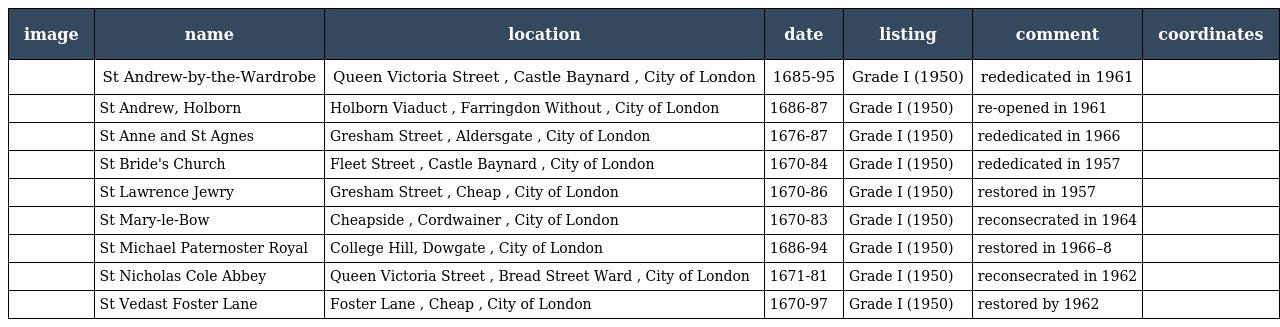
| image | name | location | date | listing | comment | coordinates |
 | --- | --- | --- | --- | --- | --- | --- |
 |  | St Andrew-by-the-Wardrobe | Queen Victoria Street , Castle Baynard , City of London | 1685-95 | Grade I (1950) | rededicated in 1961 |  |
 |  | St Andrew, Holborn | Holborn Viaduct , Farringdon Without , City of London | 1686-87 | Grade I (1950) | re-opened in 1961 |  |
 |  | St Anne and St Agnes | Gresham Street , Aldersgate , City of London | 1676-87 | Grade I (1950) | rededicated in 1966 |  |
 |  | St Bride's Church | Fleet Street , Castle Baynard , City of London | 1670-84 | Grade I (1950) | rededicated in 1957 |  |
 |  | St Lawrence Jewry | Gresham Street , Cheap , City of London | 1670-86 | Grade I (1950) | restored in 1957 |  |
 |  | St Mary-le-Bow | Cheapside , Cordwainer , City of London | 1670-83 | Grade I (1950) | reconsecrated in 1964 |  |
 |  | St Michael Paternoster Royal | College Hill, Dowgate , City of London | 1686-94 | Grade I (1950) | restored in 1966–8 |  |
 |  | St Nicholas Cole Abbey | Queen Victoria Street , Bread Street Ward , City of London | 1671-81 | Grade I (1950) | reconsecrated in 1962 |  |
 |  | St Vedast Foster Lane | Foster Lane , Cheap , City of London | 1670-97 | Grade I (1950) | restored by 1962 |  |